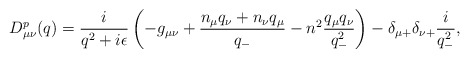
\begin{align*}D^p_{{\mu}{\nu}}(q)=\frac{i}{q^2+i{\epsilon}} \left( -g_{{\mu}{\nu}}+\frac{n_{\mu}q_{\nu}+n_{\nu}q_{\mu}}{q_-}-n^2\frac{q_{\mu}q_{\nu}}{q_-^2 } \right)-{\delta}_{{\mu}+}{\delta}_{{\nu}+}\frac{i}{q_-^2}, \end{align*}